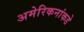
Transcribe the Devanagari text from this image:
अमेरिकनांकडे